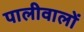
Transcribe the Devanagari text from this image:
पालीवालों